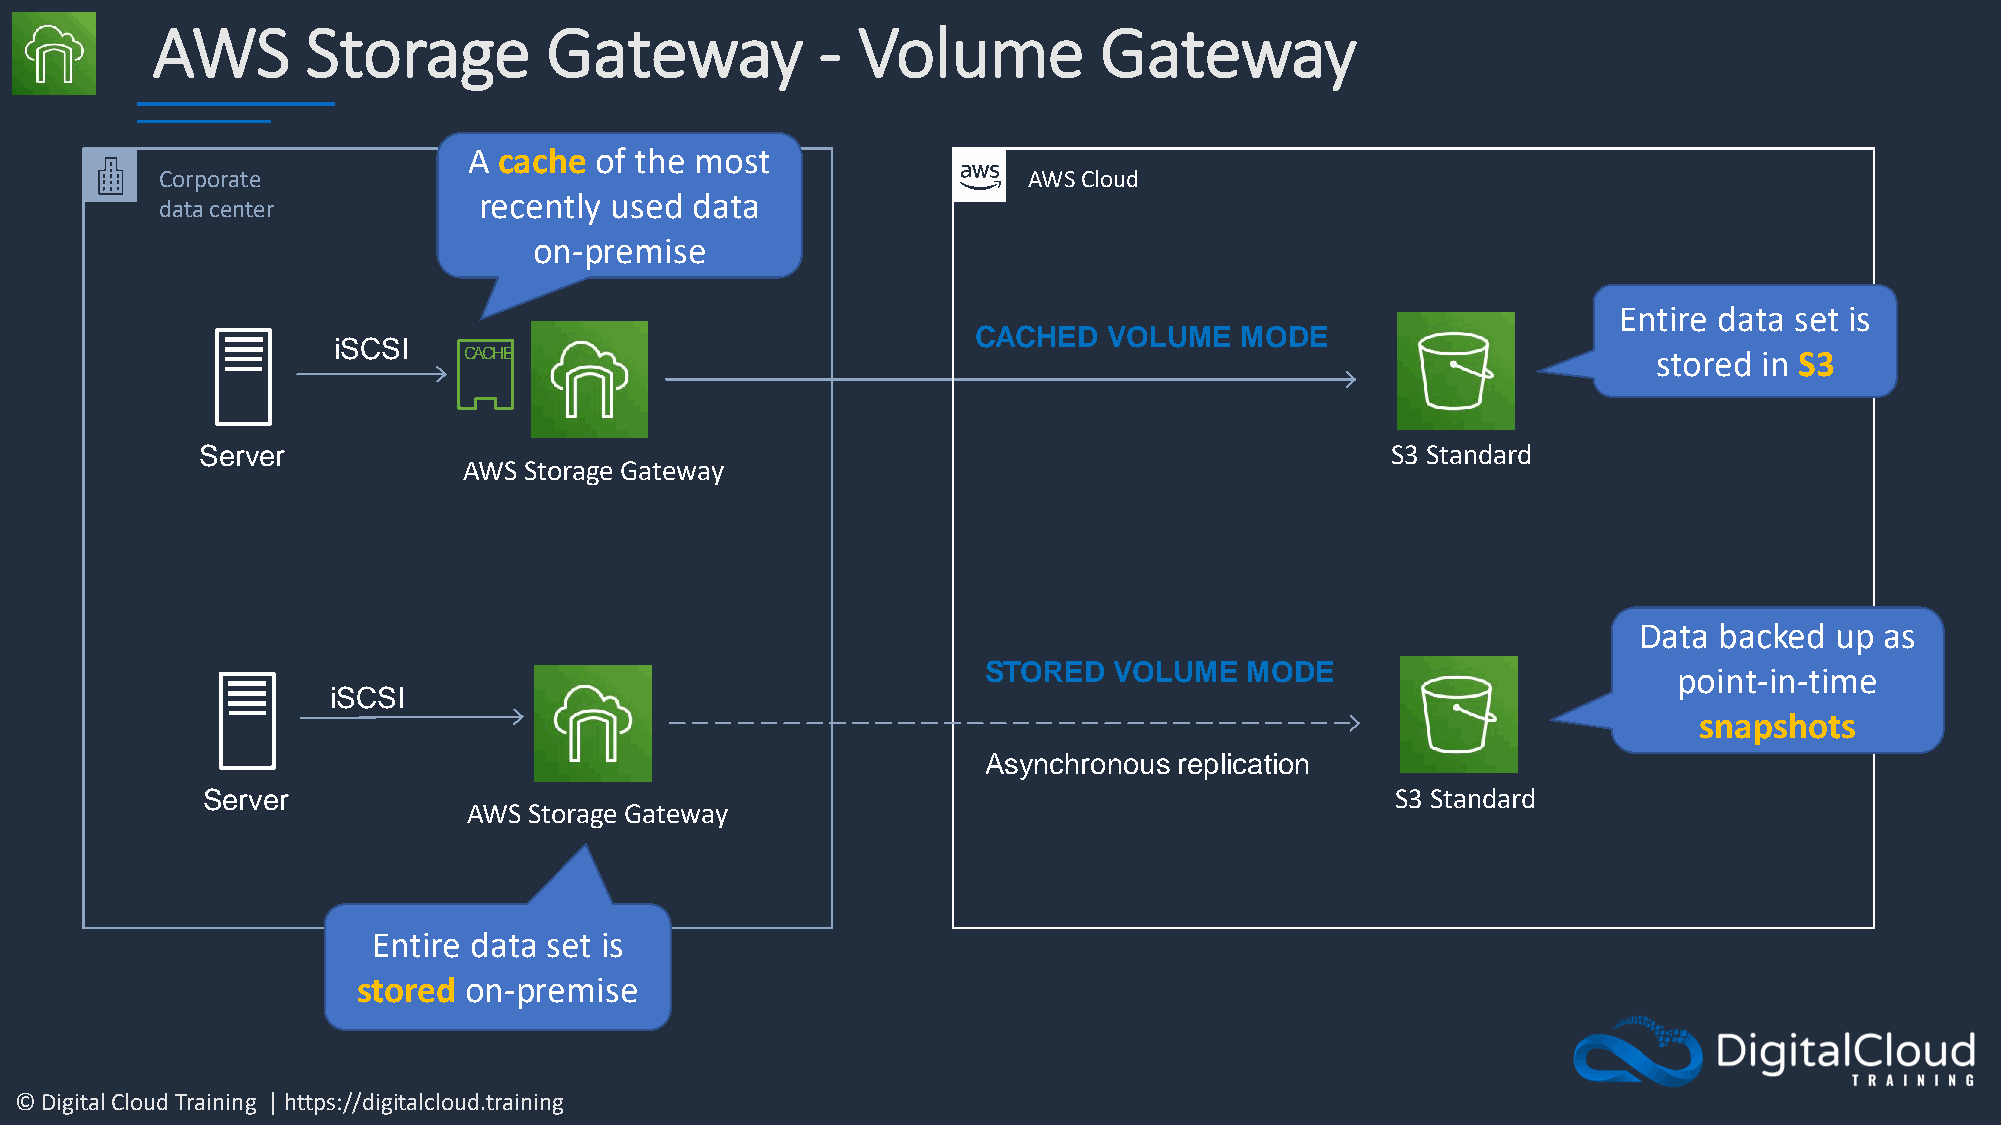
AWS       Storage         Gateway           -  Volume          Gateway
 A cache of the most
 Corporate                                                AWS Cloud
 recently used data
 data center
 on-premise
 Entire data set is
 CACHED   VOLUME   MODE
 iSCSI
 stored in S3
 Server                                                                         S3 Standard
 AWS Storage Gateway
 Data  backed up  as
 STORED   VOLUME  MODE                         point-in-time
 iSCSI
 snapshots
 Asynchronous replication
 Server                                                                         S3 Standard
 AWS Storage Gateway
 Entire data set is
 stored on-premise
 © Digital Cloud Training | https://digitalcloud.training